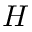
H